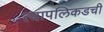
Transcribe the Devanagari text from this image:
त्यापलिकडची